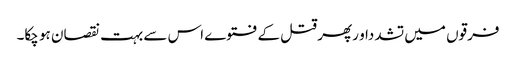
فرقوں میں تشدداو رپھر قتل کے فتوے اس سے بہت نقصان ہو چکا۔